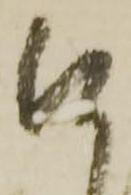
何